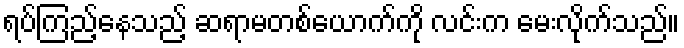
ရပ်ကြည့်နေသည့် ဆရာမတစ်ယောက်ကို လင်းက မေးလိုက်သည်။